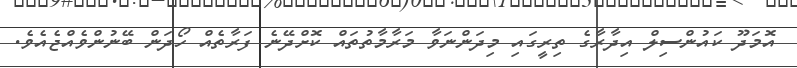
އޮމަދޫ ކައުންސިލް އިދާރާގެ ތިރީގައި މިދަންނަވާ މަރާމާތުތައް ކޮށްދޭނެ ފަރާތެއް ހޯދަން ބޭނުންވެއްޖެއެވެ.